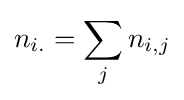
n_{i.}=\sum _{j}n_{i,j}